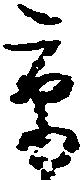
京